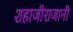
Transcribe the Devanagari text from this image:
शहाजीराजानी